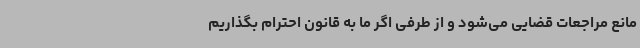
مانع مراجعات قضایی می‌شود و از طرفی اگر ما به قانون احترام بگذاریم